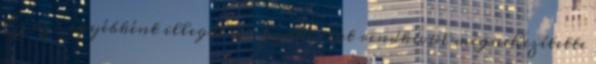
Ez az – egyébként illegális – gyakorlat rendkívül megnehezítette